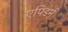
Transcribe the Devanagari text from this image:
एपिडर्म